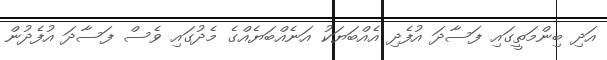
އަދި ބިންމަތީގައި ފަސާދަ އުފެދި އެއްބަޔަކު އަނެއްބަޔެއްގެ މެދުގައި ވެސް ފަސާދަ އުފެދުން